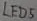
Text: LED5